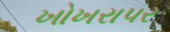
ખોખરાપર